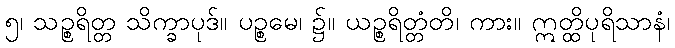
၅၊ သဉ္စရိတ္တ သိက္ခာပုဒ်။ ပဉ္စမေ၊ ၌။ ယဉ္စရိတ္တံတိ၊ ကား။ ဣတ္ထိပုရိသာနံ၊